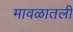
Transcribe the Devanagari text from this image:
मावळातली